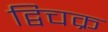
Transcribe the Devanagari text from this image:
द्विचक्र